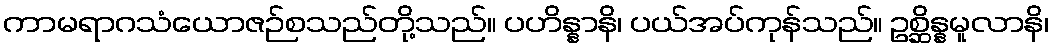
ကာမရာဂသံယောဇဉ်စသည်တို့သည်။ ပဟိန္နာနိ၊ ပယ်အပ်ကုန်သည်။ ဥစ္ဆိန္နမူလာနိ၊